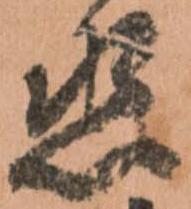
丞